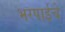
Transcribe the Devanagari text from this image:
भरपाईचे